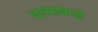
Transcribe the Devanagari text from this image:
दासाकडे